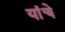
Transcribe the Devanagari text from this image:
यांंचे